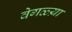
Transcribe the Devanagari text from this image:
वेगळ्य़ा